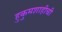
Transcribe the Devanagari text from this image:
हुकुमशाहीची